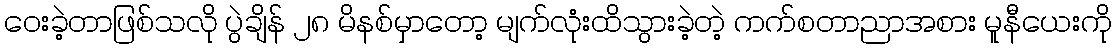
ဝေးခဲ့တာဖြစ်သလို ပွဲချိန် ၂၈ မိနစ်မှာတော့ မျက်လုံးထိသွားခဲ့တဲ့ ကက်စတာညာအစား မူနီယေးကို